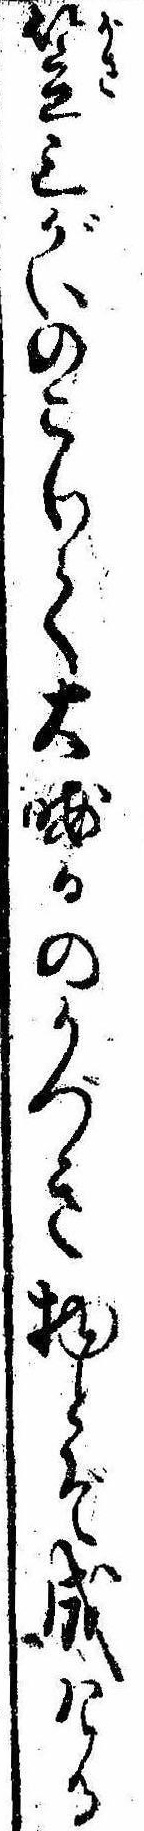
笠三がいのこりて大晦日のかづき物とぞ成ける